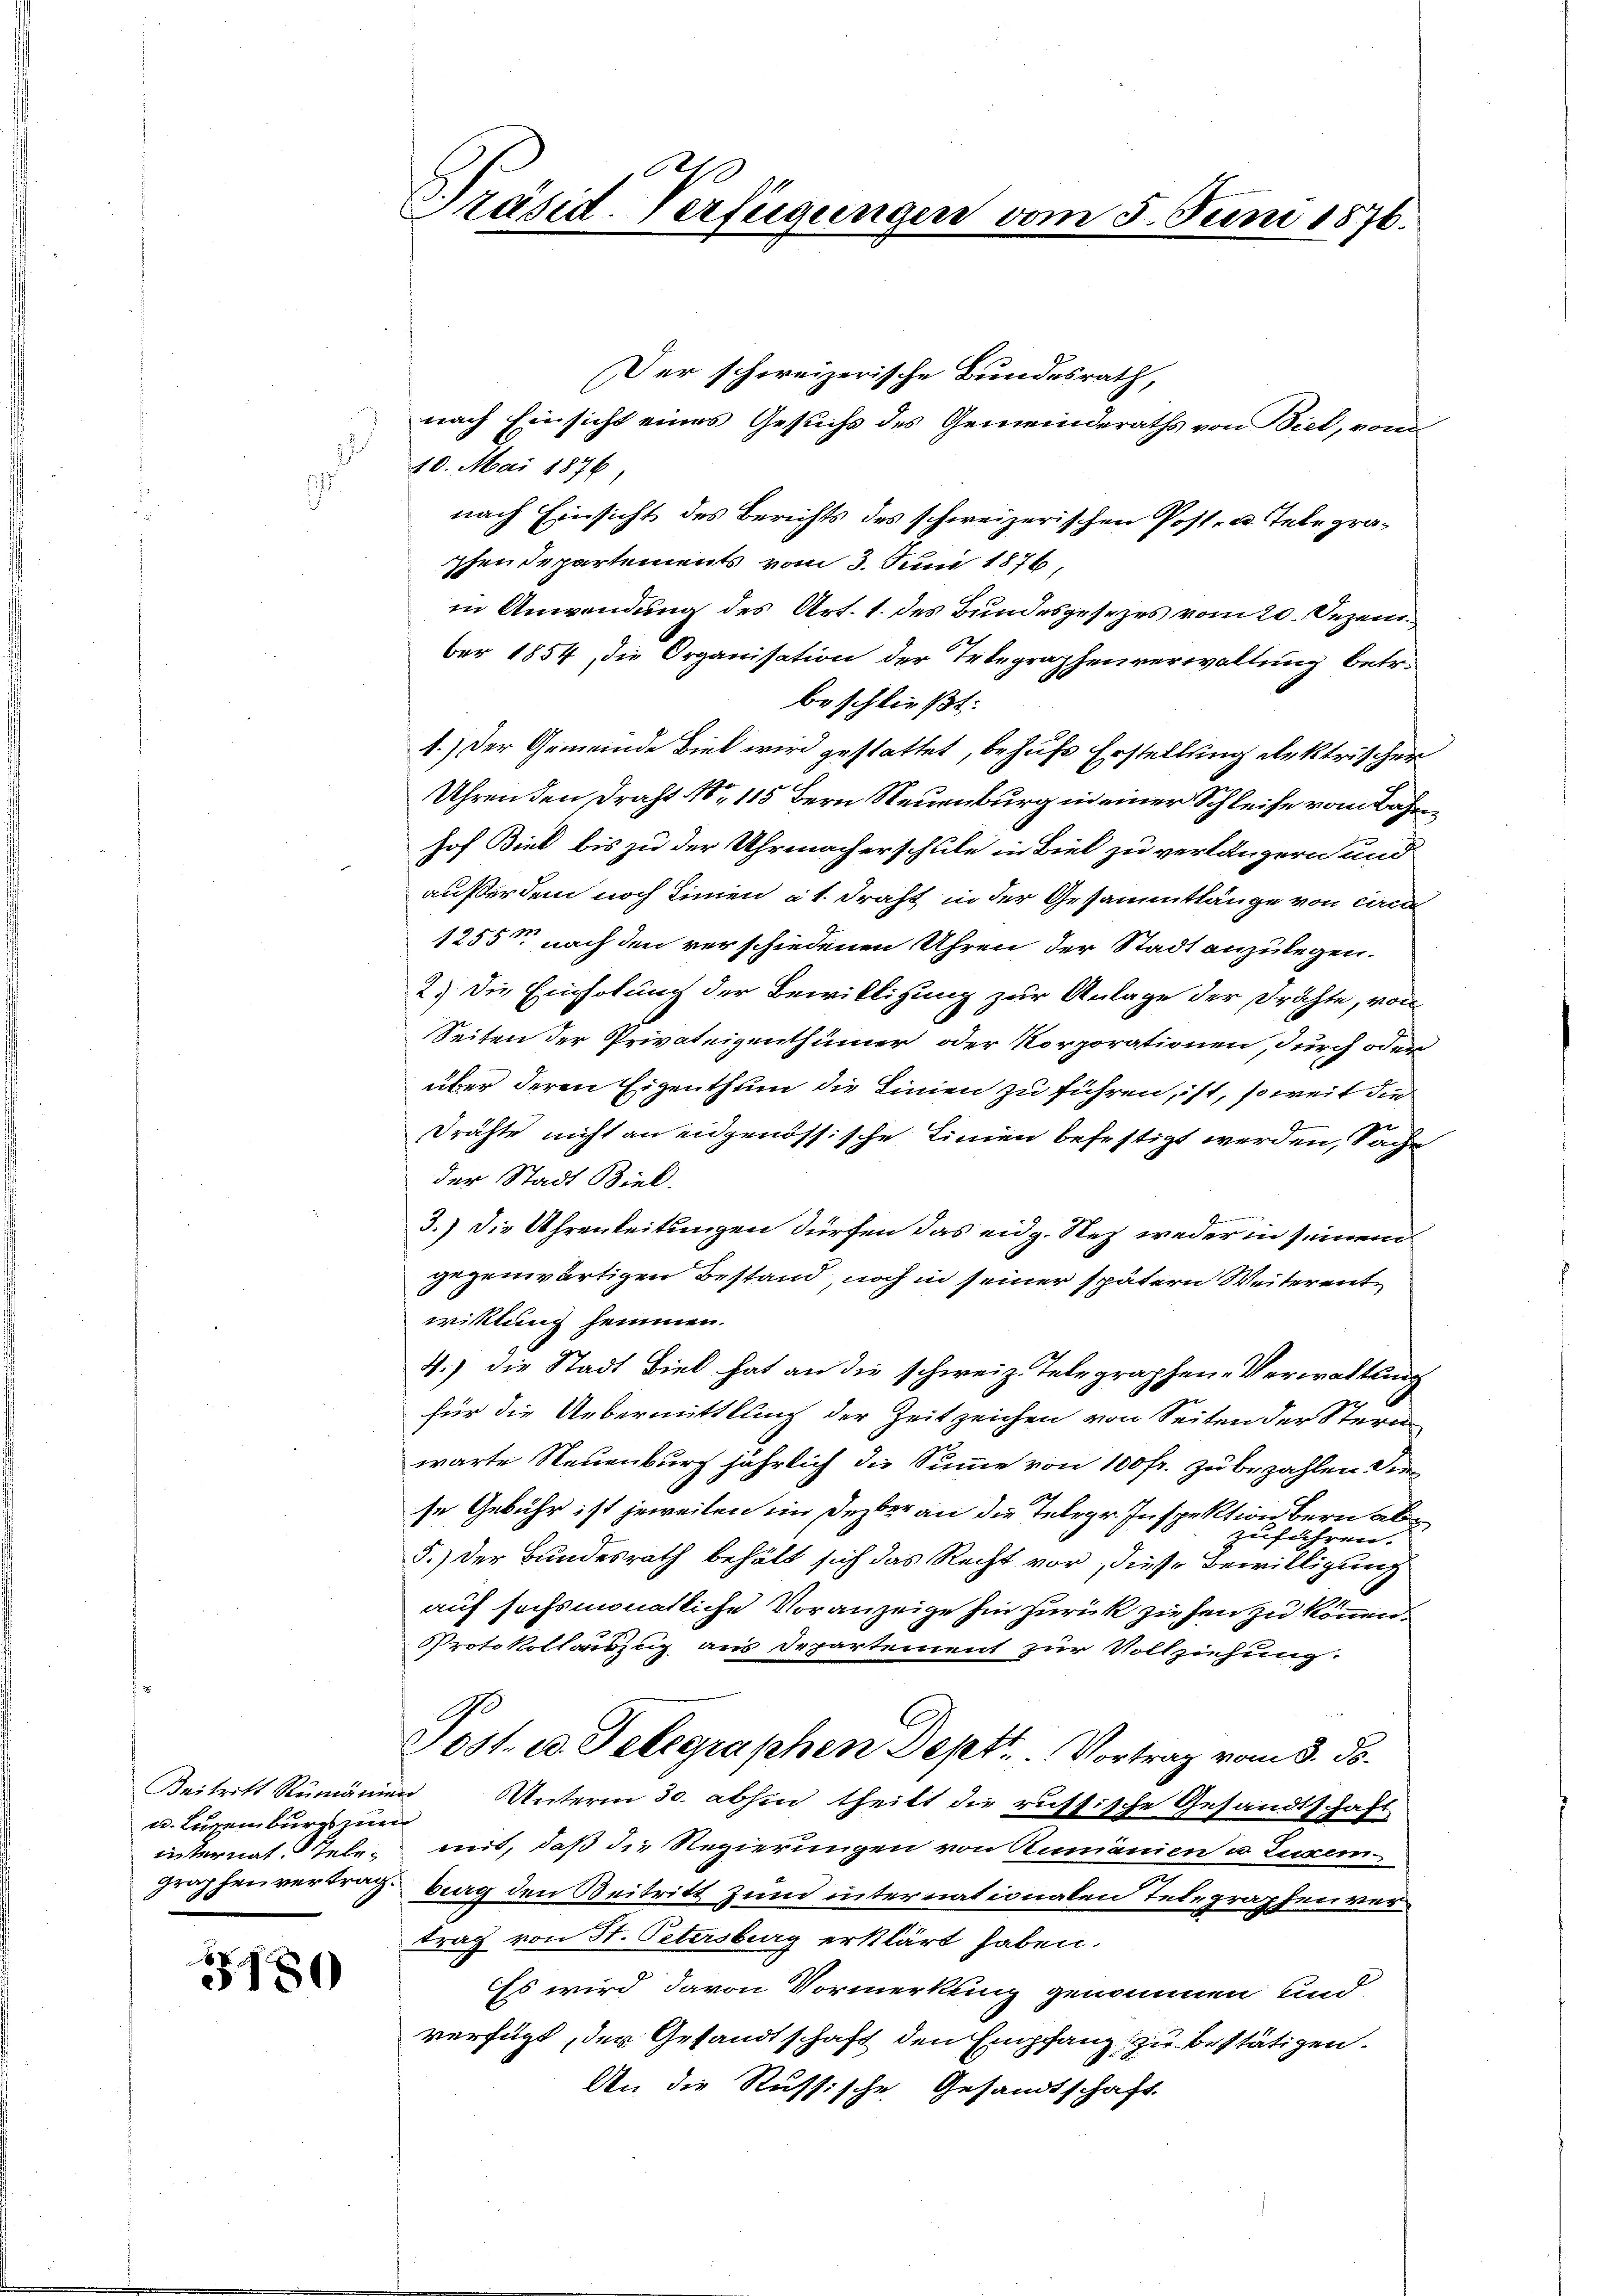
u. Lienburgs zum

J. 180

e
Präsid
Verfügunge.

Der schweizerische Bundesrath,
nach Einsicht eines Gesuchs des Gemeinderaths von Biel, vom
40. Mai 1876.
nach Einsicht des Berichts des schweizerischen Post- u. Telegraphendepartements vom 3. Juni 1876,
in Anwendung des Art. 1. des Bundesgesezes vom 20. Dezem
ber 1854, die Organisation der Telegraphenverwaltung betr.
beschließt:
1.) Der Gemeinde Biel wird gestattet, behufs Erstellung elektrischer
Uhren den Draht No 115 Bern Neuenburg in einer Schleife vom Bahnhof Biel bis zu der Uhrmacherschule in Biel zu verlängern und
außerdem noch Linien et. Draht in der Gesammtlänge von cred
1255 nach den verschiedenen Uhren der Stadt anzulegen.
2.) Die Einholung der Bewilligung zur Anlage der Drahte, von
Seiten der Privateigenthümer oder Korporationen, durch oder
über deren Eigenthum die Linien zu führen, ist, so weit die
drähte nicht an eidgenössische Linien befestigt werden, Sache
der Stadt Biel.
E
3.) Die Uhrenleitungen dürfen das eidg. Nez weder in seinem
gegenwärtigen Bestand, noch in seiner spätern Weiterentwicklung hemmen.
4.) Die Stadt Biel hat an die schweiz. Telegraphen-Verwaltung
für die Uebermittlung der Zeit zeichen von Seiten der Stern
warte Neuenburg jährlich die Summe von 100 fr. zu bezahlen den
se Gebühr ist jeweilen im Dezber an die Telegr. Inspektion bern als
zuführen.
5.) Der Bundesrath behält sich das Recht vor, diese Bewilligung
auf hochsmonatliche Voranzeige hin zurück ziehen zu können.
Protokollauszug aus Departement zur Vollziehung.
Ge
2051. c. Telegraphen Sept. Vortrag vom 8. ds.
Beitritt Rumänien Unterm 30. abhin theilt die russische Gesandtschaft
internat tele, mit, daß die Regierungen von Rumänien u. Luxem
graphenvertrag. Berg den Beitritt zum internationalen Telegraphen vertrag von St. Petersburg erklärt haben.
Es wird davon Vormerkling genommen und
verfügt, der Gesandtschaft den Empfang zu bestätigen.
An die Russische Gesandtschaft.

5. Juni 1876.